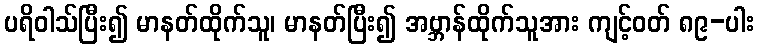
ပရိဝါသ်ပြီး၍ မာနတ်ထိုက်သူ၊ မာနတ်ပြီး၍ အဗ္ဘာန်ထိုက်သူအား ကျင့်ဝတ် ၈၉-ပါး